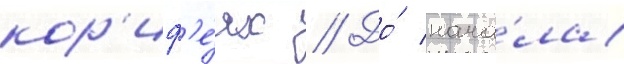
кор'иф'е́ях // До́ нача́ла